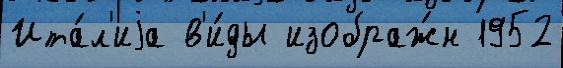
Ита́л'иjа в'и́ды изображ́н 1952